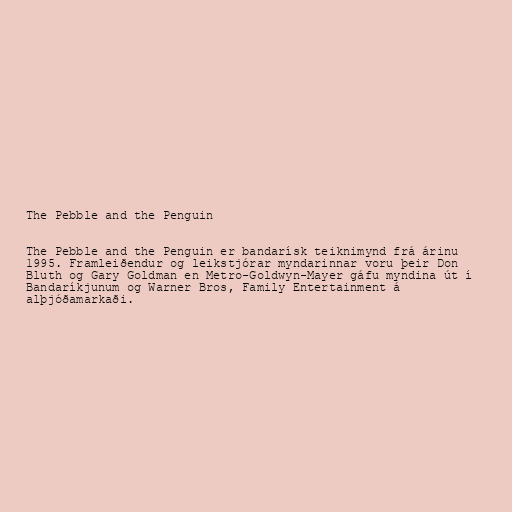
The Pebble and the Penguin

The Pebble and the Penguin er bandarísk teiknimynd frá árinu
1995. Framleiðendur og leikstjórar myndarinnar voru þeir Don
Bluth og Gary Goldman en Metro-Goldwyn-Mayer gáfu myndina út í
Bandaríkjunum og Warner Bros, Family Entertainment á
alþjóðamarkaði.